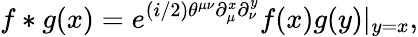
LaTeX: f*g(x)=e^{(i/2)\theta^{\mu\nu}\partial_{\mu}^{x}\partial_{\nu}^{y}}f(x)g(y)|_{y=x},